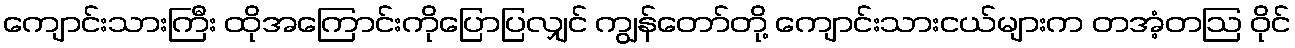
ကျောင်းသားကြီး ထိုအကြောင်းကိုပြောပြလျှင် ကျွန်တော်တို့ ကျောင်းသားငယ်များက တအံ့တဩ ဝိုင်